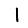
Digit: 1